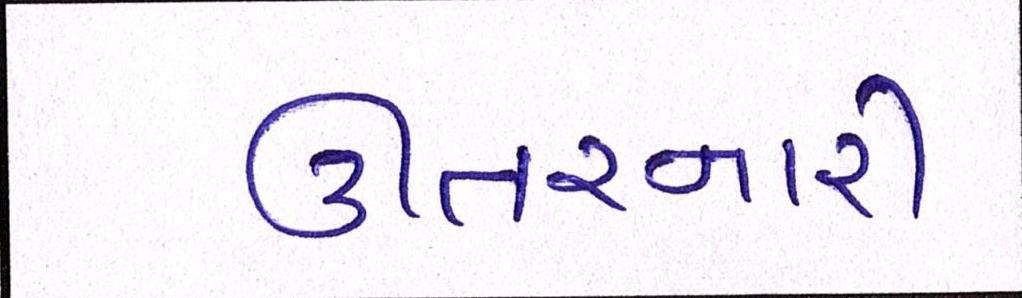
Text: ઊતરનારી